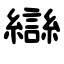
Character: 龻